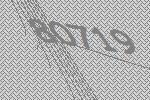
80719